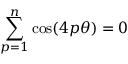
\sum _ { p = 1 } ^ { n } \cos ( 4 p \theta ) = 0